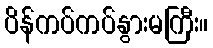
ပိန်ကပ်ကပ်နွားမကြီး။